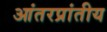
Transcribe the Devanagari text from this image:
आंतरप्रांतीय